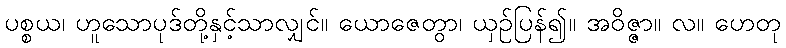
ပစ္စယ၊ ဟူသောပုဒ်တို့နှင့်သာလျှင်။ ယောဇေတွာ၊ ယှဉ်ပြန်၍။ အဝိဇ္ဇာ။ လ။ ဟေတု